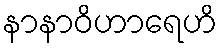
နာနာဝိဟာရေဟိ